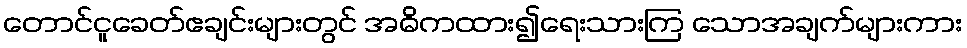
တောင်ငူခေတ်ဧချင်းများတွင် အဓိကထား၍ရေးသားကြ သောအချက်များကား